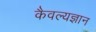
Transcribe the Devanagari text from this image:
कैवल्यज्ञान